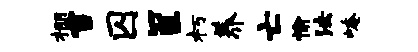
棚雪囚筐朽养亡愉法崦